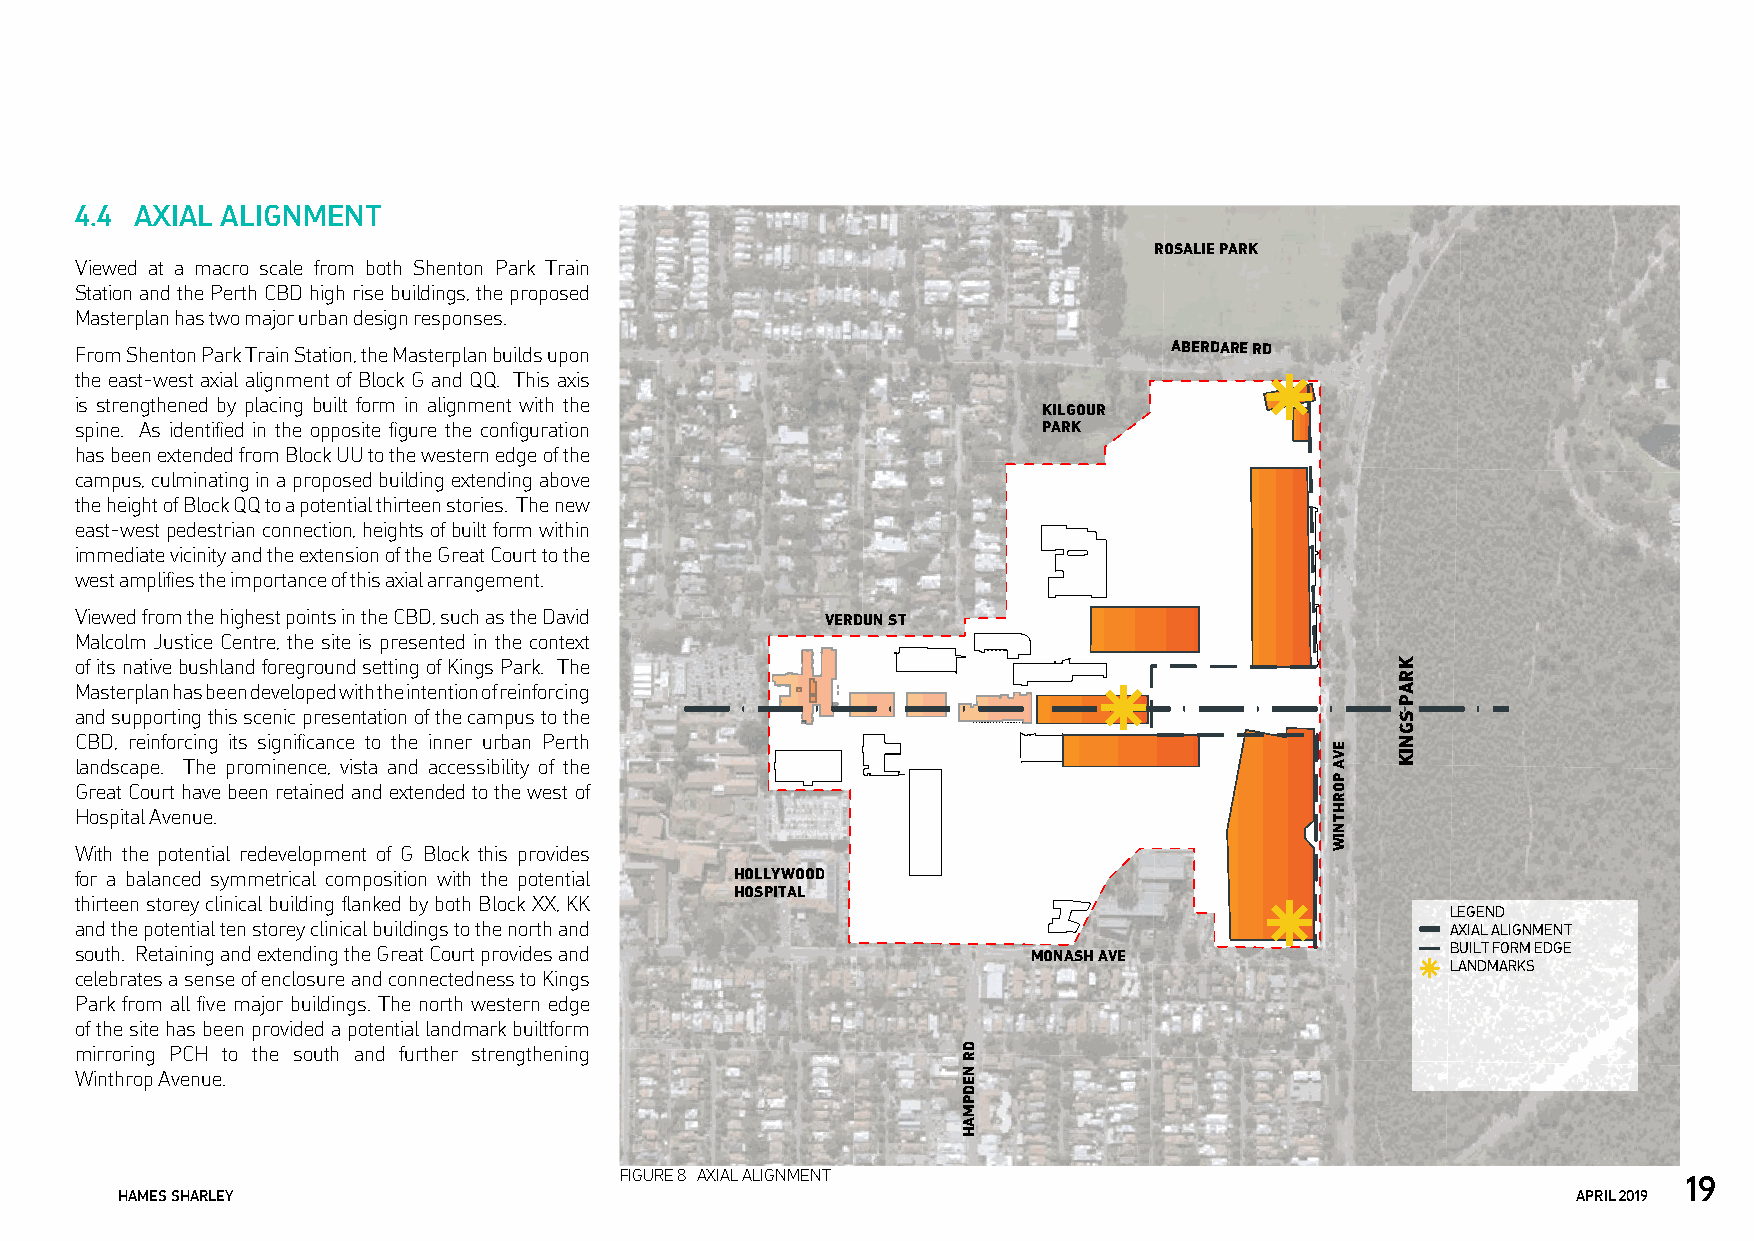
4.4 AXIAL ALIGNMENT
 ROSALIE PARK
 Viewed at a macro scale from both Shenton Park Train
 Station and the Perth CBD high rise buildings, the proposed
 Masterplan has two major urban design responses.
 From Shenton Park Train Station, the Masterplan builds upon              ABERDARE RD
 the east-west axial alignment of Block G and QQ. This axis
 is strengthened by placing built form in alignment with the
 KILGOUR
 spine. As identified in the opposite figure the configuration   PARK
 has been extended from Block UU to the western edge of the
 campus, culminating in a proposed building extending above
 the height of Block QQ to a potential thirteen stories. The new
 east-west pedestrian connection, heights of built form within
 immediate vicinity and the extension of the Great Court to the
 west amplifies the importance of this axial arrangement.
 Viewed from the highest points in the CBD, such as the David VERDUN ST
 Malcolm Justice Centre, the site is presented in the context
 of its native bushland foreground setting of Kings Park. The
 Masterplan has been developed with the intention of reinforcing
 and supporting this scenic presentation of the campus to the
 CBD, reinforcing its significance to the inner urban Perth
 landscape. The prominence, vista and accessibility of the
 Great Court have been retained and extended to the west of
 Hospital Avenue.
 With the potential redevelopment of G Block this provides
 for a balanced symmetrical composition with the potential HOLLYWOOD
 HOSPITAL
 thirteen storey clinical building flanked by both Block XX, KK
 LEGEND
 and the potential ten storey clinical buildings to the north and                           AXIAL ALIGNMENT
 south. Retaining and extending the Great Court provides and    MONASH AVE                  BUILT FORM EDGE
 LANDMARKS
 celebrates a sense of enclosure and connectedness to Kings
 Park from all five major buildings. The north western edge
 of the site has been provided a potential landmark builtform
 mirroring PCH to the south and further strengthening
 Winthrop Avenue.
 FIGURE 8 AXIAL ALIGNMENT
 19
 HAMES SHARLEY                                                                                   APRIL 2019
 DR
 NEDPMAH
 EVA
 PORHTNIW
 KRAP
 SGNIK